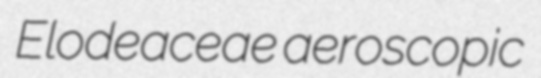
Elodeaceae aeroscopic